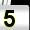
Digit: 5